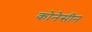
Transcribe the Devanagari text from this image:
कोनेसीन